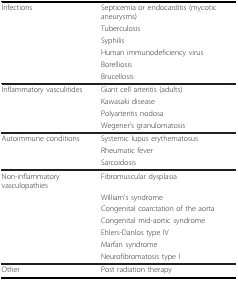
| Infections | Septicemia or endocarditis (mycotic aneurysms) |
 |  | Tuberculosis |
 |  | Syphilis |
 |  | Human immunodeficiency virus |
 |  | Borelliosis |
 |  | Brucellosis |
 | --- | --- |
 | Inflammatory vasculitides | Giant cell arteritis (adults) |
 |  | Kawasaki disease |
 |  | Polyarteritis nodosa |
 |  | Wegener's granulomatosis |
 | Autoimmune conditions | Systemic lupus erythematosus |
 |  | Rheumatic fever |
 |  | Sarcoidosis |
 | Non-inflammatory vasculopathies | Fibromuscular dysplasia |
 |  | William's syndrome |
 |  | Congenital coarctation of the aorta |
 |  | Congenital mid-aortic syndrome |
 |  | Ehlers-Danlos type IV |
 |  | Marfan syndrome |
 |  | Neurofibromatosis type I |
 | Other | Post radiation therapy |